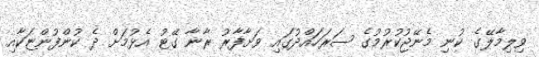
ވިލިމާލޭގެ ކުނި މެނޭޖުކުރުމުގެ ސަރަހައްދުގައި ވަށާފާރު ރާނާ ގޭޓު އެޅުމަށް ދެ ކުންފުންޏަކާއި